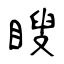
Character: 瞍